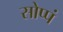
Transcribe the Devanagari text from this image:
सोप्पं